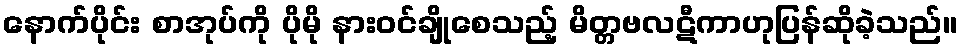
နောက်ပိုင်း စာအုပ်ကို ပိုမို နားဝင်ချိုစေသည့် မိတ္တဗလဋီကာဟုပြန်ဆိုခဲ့သည်။